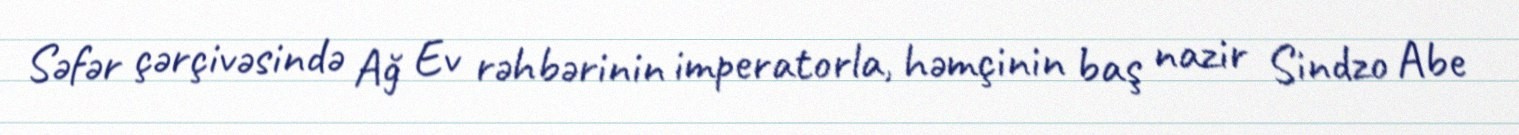
Səfər çərçivəsində Ağ Ev rəhbərinin imperatorla, həmçinin baş nazir Sindzo Abe